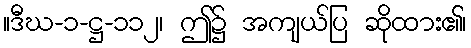
။ဒီဃ-၁-ဋ္ဌ-၁၁၂၊ ဤ၌ အကျယ်ပြ ဆိုထား၏၊